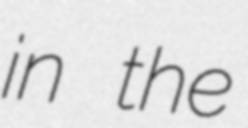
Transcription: in the